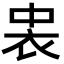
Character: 𮕪